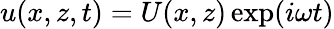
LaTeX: u(x,z,t)=U(x,z)\exp(i\omega t)